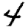
Digit: 4